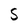
Character: S